Annual report of the Punjab Veterinary College and of the Civil Veterinary Department, Punjab - 1920-1925
Year: 1920
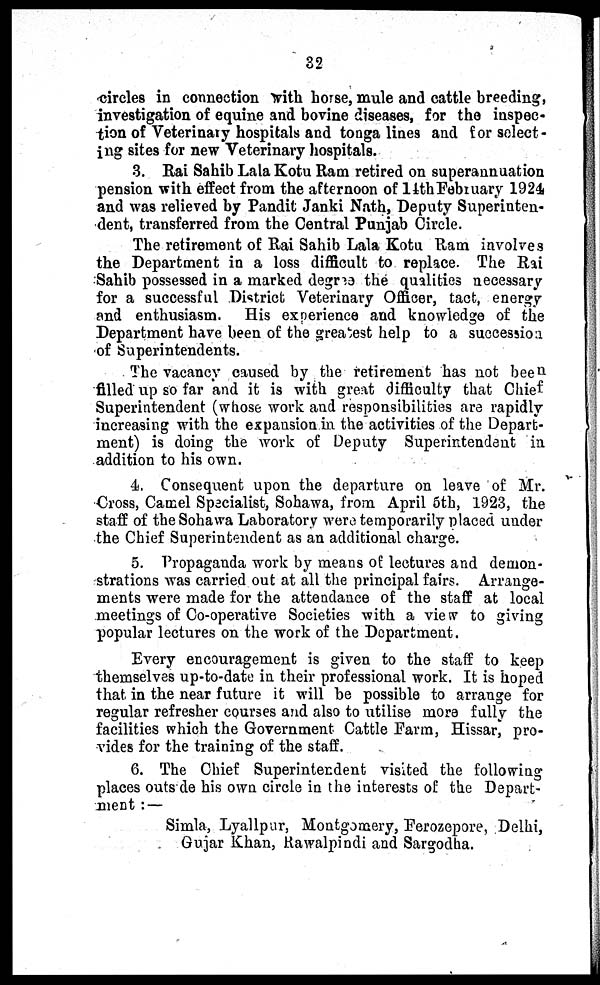
32
circles in connection with horse, mule and cattle breeding,
investigation of equine and bovine diseases, for the inspec-
tion of Veterinary hospitals and tonga lines and for select-
ing sites for new Veterinary hospitals.
3. Rai Sahib Lala Kotu Ram retired on superannuation
pension with effect from the afternoon of 14th February 1924
and was relieved by Pandit Janki Nath, Deputy Superinten-
dent, transferred from the Central Punjab Circle.
The retirement of Rai Sahib Lala Kotu Ram involves
the Department in a loss difficult to replace. The Rai
Sahib possessed in a marked degree the qualities necessary
for a successful District Veterinary Officer, tact, energy
and enthusiasm. His experience and knowledge of the
Department have been of the greatest help to a succession
of Superintendents.
The vacancy caused by the retirement has not been
filled up so far and it is with great difficulty that Chief
Superintendent (whose work and responsibilities are rapidly
increasing with the expansion in the activities of the Depart-
ment) is doing the work of Deputy Superintendent in
addition to his own.
4. Consequent upon the departure on leave of Mr.
Cross, Camel Specialist, Sohawa, from April 5th, 1923, the
staff of the Sohawa Laboratory were temporarily placed under
the Chief Superintendent as an additional charge.
5. Propaganda work by means of lectures and demon-
strations was carried out at all the principal fairs. Arrange-
ments were made for the attendance of the staff at local
meetings of Co-operative Societies with a view to giving
popular lectures on the work of the Department.
Every encouragement is given to the staff to keep
themselves up-to-date in their professional work. It is hoped
that in the near future it will be possible to arrange for
regular refresher courses and also to utilise more fully the
facilities which the Government Cattle Farm, Hissar, pro-
vides for the training of the staff.
6. The Chief Superintendent visited the following
places outs de his own circle in the interests of the Depart-
ment :—
Simla, Lyallpur, Montgomery, Ferozepore, Delhi,
Gujar Khan, Rawalpindi and Sargodha.